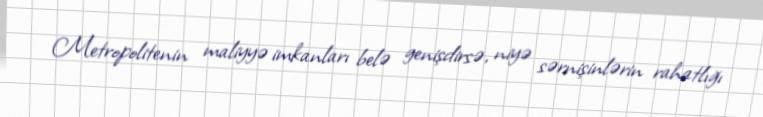
Metropolitenin maliyyə imkanları belə genişdirsə, niyə sərnişinlərin rahatlığı